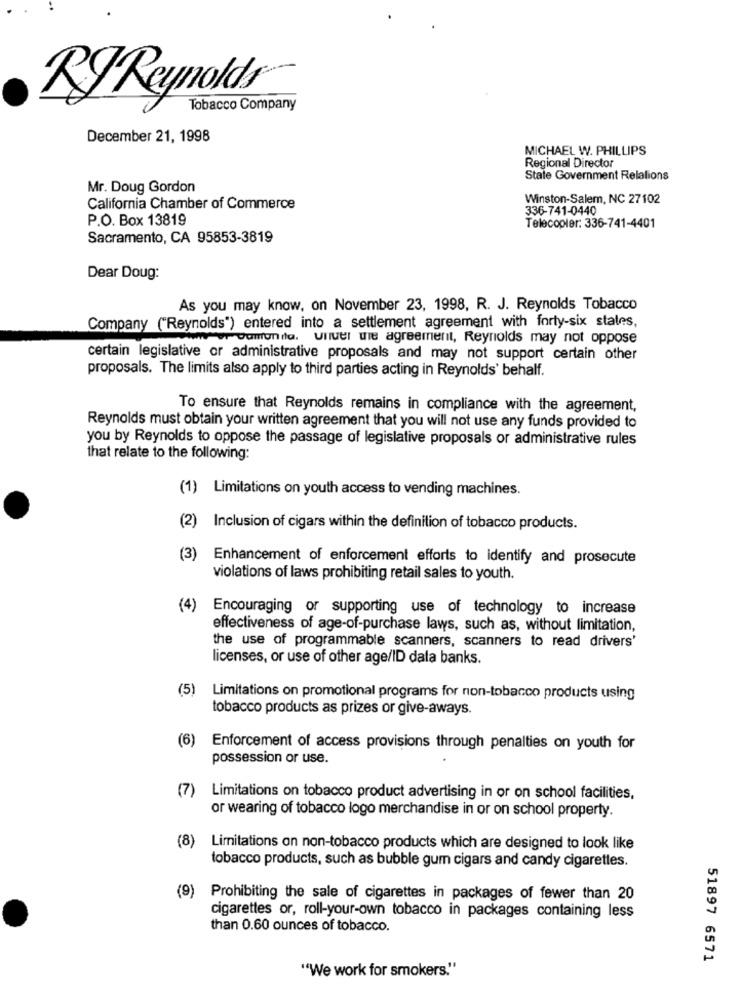
RyReynolds
Tobacco Company
December 21, 1998
MICHAEL W. PHILLIPS
Regional Director
State Government Relations
Mr. Doug Gordon
Winston-Salem, NC 27102
California Chamber of Commerce
336-741-0440
P.O. Box 13819
Telecooler: 336-741-4401
Sacramento, CA 95853-3819
Dear Doug:
As you may know, on November 23, 1998, R. J. Reynolds Tobacco
Company ("Reynolds") entered into a settlement agreement with forty-six states,
er Damondta. Unluel ule agreement, Reynolds may not oppose
certain legislative or administrative proposals and may not support certain other
proposals. The limits also apply to third parties acting in Reynolds' behalf.
To ensure that Reynolds remains in compliance with the agreement,
Reynolds must obtain your written agreement that you will not use any funds provided to
you by Reynolds to oppose the passage of legislative proposals or administrative rules
that relate to the following:
(1) Limitations on youth access to vending machines.
(2) Inclusion of cigars within the definition of tobacco products.
(3)
Enhancement of enforcement efforts to identify and prosecute
violations of laws prohibiting retail sales to youth.
(4)
Encouraging or supporting use of technology to increase
effectiveness of age-of-purchase laws, such as, without limitation,
the use of programmable scanners, scanners to read drivers'
licenses, or use of other age/ID dala banks.
(5) Limitations on promotional programs for non-tobacco products using
tobacco products as prizes or give-aways.
(6)
Enforcement of access provisions through penalties on youth for
possession or use.
(7)
Limitations on tobacco product advertising in or on school facilities,
or wearing of tobacco logo merchandise in or on school property.
(8) Limitations on non-tobacco products which are designed to look like
tobacco products, such as bubble gum cigars and candy cigarettes.
(9) Prohibiting the sale of cigarettes in packages of fewer than 20
cigarettes or, roll-your-own tobacco in packages containing less
than 0.60 ounces of tobacco.
51897 6571
"We work for smokers."